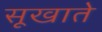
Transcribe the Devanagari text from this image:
सूखाते